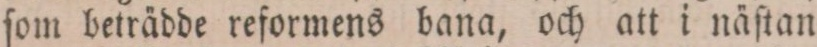
ſom beträdde reformens bana, och att i näſtan